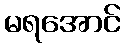
မရအောင်